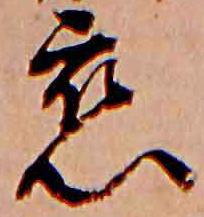
恋